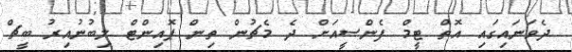
ދެވަނައިގައި އޮތް ޓީމް ފެންސީއަށް ދެ މެޗުން ތިން ޕޮއިންޓް ލިބުނުއިރު ބީޗް